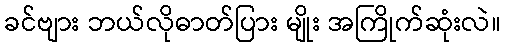
ခင်ဗျား ဘယ်လိုဓာတ်ပြား မျိုး အကြိုက်ဆုံးလဲ။